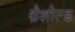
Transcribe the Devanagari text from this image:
थ्रैशोल्ड